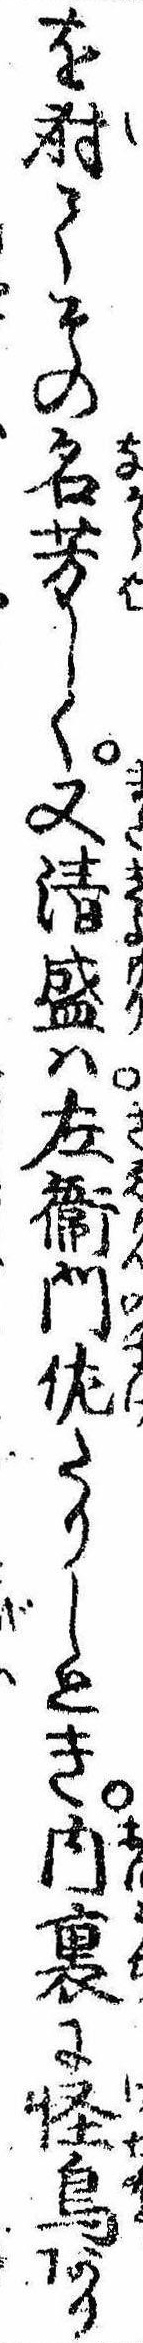
を射てその名芳しく又清盛は左衛門佐たりしとき内裏に怪鳥あり